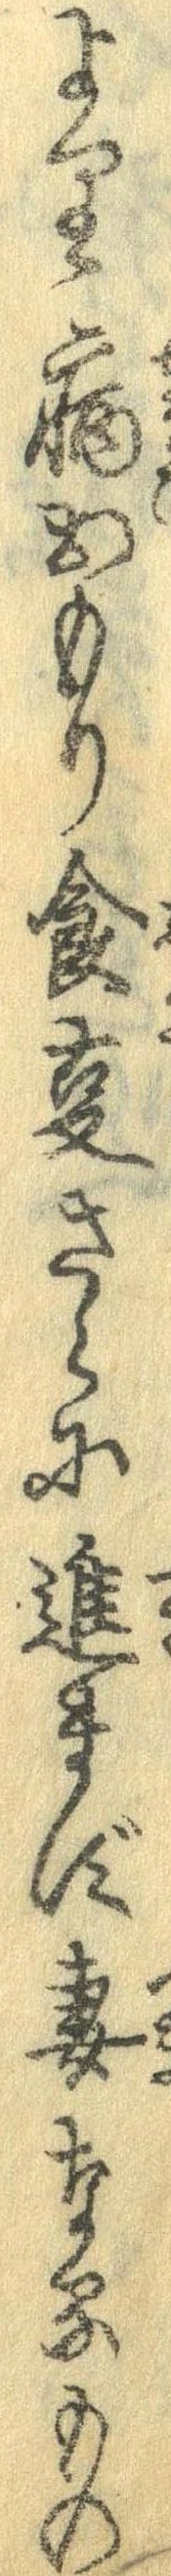
より病おもり食事さらに進まず妻なるもの